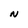
Character: N